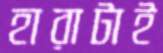
হারাটাই